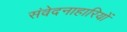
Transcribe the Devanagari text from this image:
संवेदनाहारियों